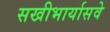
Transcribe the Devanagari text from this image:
सखीभार्यासवे